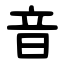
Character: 音